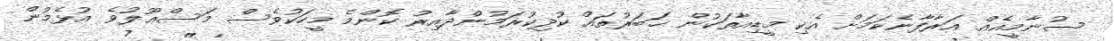
ސުނާމީއެއް އަރާފާނެކަމަށް އެކި މީޑިއާތަކުން ޚަބަރުތައް ކުދިކުރަމުންދާއިރު ކޮންމެ މީހަކުވެސް މަސްޢޫލުވެ އުޅެމުން